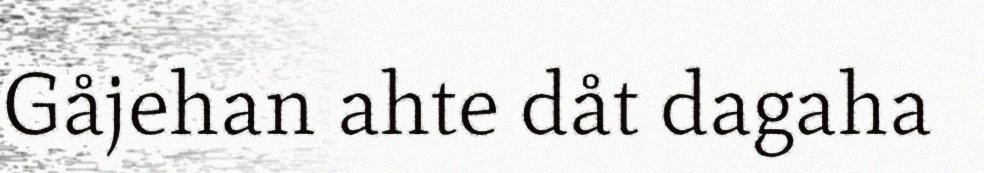
Gåjehan ahte dåt dagaha